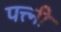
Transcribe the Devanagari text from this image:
पत्त्नी